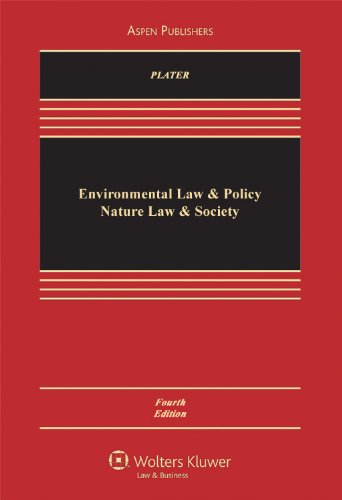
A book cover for Environmental Law & Policy: Nature Law & Society; Zygmunt J. B. Plater; Law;